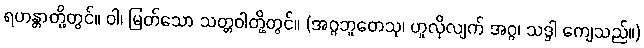
ရဟန္တာတို့တွင်။ ဝါ၊ မြတ်သော သတ္တဝါတို့တွင်။ (အဂ္ဂဘူတေသု၊ ဟူလိုလျက် အဂ္ဂ၊ သဒ္ဒါ ကျေသည်။)